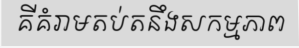
គីគំរាមតប់តនឹងសកម្មភាព